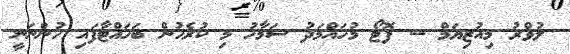
ލުވްރު މިއުޒިޔަމް -- ފޮޓޯ މުހައްމަދު ސަމާހު މި ކުރެހުން ބަހައްޓާފައި ހުންނަނީ